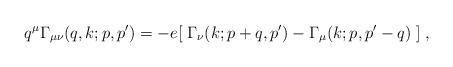
LaTeX: \begin{align*}q^\mu \Gamma_{\mu\nu} (q,k;p,p^\prime) = -e [\;\Gamma_\nu (k;p+q,p^\prime)- \Gamma_\mu (k;p,p^\prime-q)\;]\; ,\end{align*}